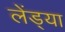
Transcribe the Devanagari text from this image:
लेंड्या